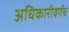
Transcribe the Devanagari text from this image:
अधिकारीवर्गच